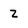
Character: Z